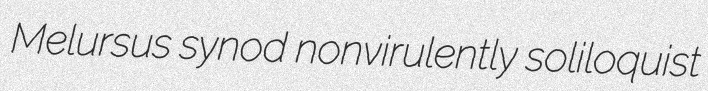
Melursus synod nonvirulently soliloquist